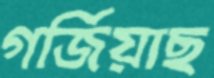
গর্জিয়াছ